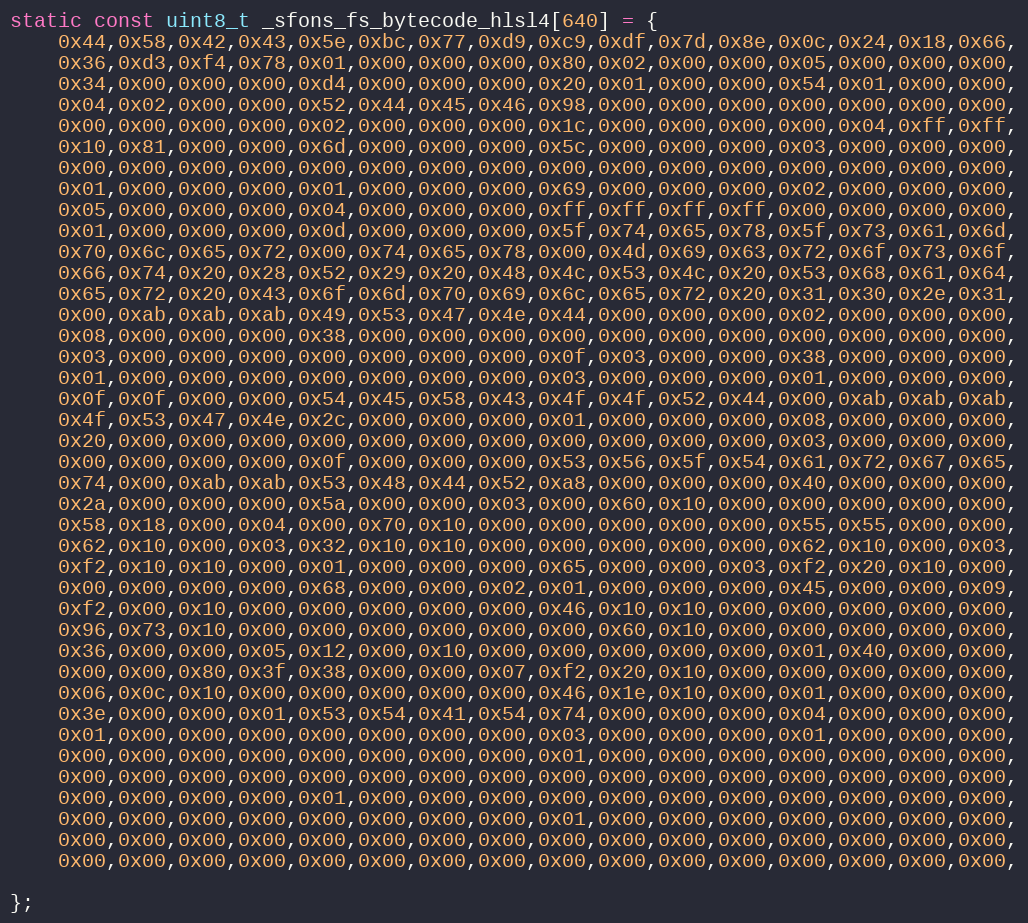
Language: C
static const uint8_t _sfons_fs_bytecode_hlsl4[640] = {
    0x44,0x58,0x42,0x43,0x5e,0xbc,0x77,0xd9,0xc9,0xdf,0x7d,0x8e,0x0c,0x24,0x18,0x66,
    0x36,0xd3,0xf4,0x78,0x01,0x00,0x00,0x00,0x80,0x02,0x00,0x00,0x05,0x00,0x00,0x00,
    0x34,0x00,0x00,0x00,0xd4,0x00,0x00,0x00,0x20,0x01,0x00,0x00,0x54,0x01,0x00,0x00,
    0x04,0x02,0x00,0x00,0x52,0x44,0x45,0x46,0x98,0x00,0x00,0x00,0x00,0x00,0x00,0x00,
    0x00,0x00,0x00,0x00,0x02,0x00,0x00,0x00,0x1c,0x00,0x00,0x00,0x00,0x04,0xff,0xff,
    0x10,0x81,0x00,0x00,0x6d,0x00,0x00,0x00,0x5c,0x00,0x00,0x00,0x03,0x00,0x00,0x00,
    0x00,0x00,0x00,0x00,0x00,0x00,0x00,0x00,0x00,0x00,0x00,0x00,0x00,0x00,0x00,0x00,
    0x01,0x00,0x00,0x00,0x01,0x00,0x00,0x00,0x69,0x00,0x00,0x00,0x02,0x00,0x00,0x00,
    0x05,0x00,0x00,0x00,0x04,0x00,0x00,0x00,0xff,0xff,0xff,0xff,0x00,0x00,0x00,0x00,
    0x01,0x00,0x00,0x00,0x0d,0x00,0x00,0x00,0x5f,0x74,0x65,0x78,0x5f,0x73,0x61,0x6d,
    0x70,0x6c,0x65,0x72,0x00,0x74,0x65,0x78,0x00,0x4d,0x69,0x63,0x72,0x6f,0x73,0x6f,
    0x66,0x74,0x20,0x28,0x52,0x29,0x20,0x48,0x4c,0x53,0x4c,0x20,0x53,0x68,0x61,0x64,
    0x65,0x72,0x20,0x43,0x6f,0x6d,0x70,0x69,0x6c,0x65,0x72,0x20,0x31,0x30,0x2e,0x31,
    0x00,0xab,0xab,0xab,0x49,0x53,0x47,0x4e,0x44,0x00,0x00,0x00,0x02,0x00,0x00,0x00,
    0x08,0x00,0x00,0x00,0x38,0x00,0x00,0x00,0x00,0x00,0x00,0x00,0x00,0x00,0x00,0x00,
    0x03,0x00,0x00,0x00,0x00,0x00,0x00,0x00,0x0f,0x03,0x00,0x00,0x38,0x00,0x00,0x00,
    0x01,0x00,0x00,0x00,0x00,0x00,0x00,0x00,0x03,0x00,0x00,0x00,0x01,0x00,0x00,0x00,
    0x0f,0x0f,0x00,0x00,0x54,0x45,0x58,0x43,0x4f,0x4f,0x52,0x44,0x00,0xab,0xab,0xab,
    0x4f,0x53,0x47,0x4e,0x2c,0x00,0x00,0x00,0x01,0x00,0x00,0x00,0x08,0x00,0x00,0x00,
    0x20,0x00,0x00,0x00,0x00,0x00,0x00,0x00,0x00,0x00,0x00,0x00,0x03,0x00,0x00,0x00,
    0x00,0x00,0x00,0x00,0x0f,0x00,0x00,0x00,0x53,0x56,0x5f,0x54,0x61,0x72,0x67,0x65,
    0x74,0x00,0xab,0xab,0x53,0x48,0x44,0x52,0xa8,0x00,0x00,0x00,0x40,0x00,0x00,0x00,
    0x2a,0x00,0x00,0x00,0x5a,0x00,0x00,0x03,0x00,0x60,0x10,0x00,0x00,0x00,0x00,0x00,
    0x58,0x18,0x00,0x04,0x00,0x70,0x10,0x00,0x00,0x00,0x00,0x00,0x55,0x55,0x00,0x00,
    0x62,0x10,0x00,0x03,0x32,0x10,0x10,0x00,0x00,0x00,0x00,0x00,0x62,0x10,0x00,0x03,
    0xf2,0x10,0x10,0x00,0x01,0x00,0x00,0x00,0x65,0x00,0x00,0x03,0xf2,0x20,0x10,0x00,
    0x00,0x00,0x00,0x00,0x68,0x00,0x00,0x02,0x01,0x00,0x00,0x00,0x45,0x00,0x00,0x09,
    0xf2,0x00,0x10,0x00,0x00,0x00,0x00,0x00,0x46,0x10,0x10,0x00,0x00,0x00,0x00,0x00,
    0x96,0x73,0x10,0x00,0x00,0x00,0x00,0x00,0x00,0x60,0x10,0x00,0x00,0x00,0x00,0x00,
    0x36,0x00,0x00,0x05,0x12,0x00,0x10,0x00,0x00,0x00,0x00,0x00,0x01,0x40,0x00,0x00,
    0x00,0x00,0x80,0x3f,0x38,0x00,0x00,0x07,0xf2,0x20,0x10,0x00,0x00,0x00,0x00,0x00,
    0x06,0x0c,0x10,0x00,0x00,0x00,0x00,0x00,0x46,0x1e,0x10,0x00,0x01,0x00,0x00,0x00,
    0x3e,0x00,0x00,0x01,0x53,0x54,0x41,0x54,0x74,0x00,0x00,0x00,0x04,0x00,0x00,0x00,
    0x01,0x00,0x00,0x00,0x00,0x00,0x00,0x00,0x03,0x00,0x00,0x00,0x01,0x00,0x00,0x00,
    0x00,0x00,0x00,0x00,0x00,0x00,0x00,0x00,0x01,0x00,0x00,0x00,0x00,0x00,0x00,0x00,
    0x00,0x00,0x00,0x00,0x00,0x00,0x00,0x00,0x00,0x00,0x00,0x00,0x00,0x00,0x00,0x00,
    0x00,0x00,0x00,0x00,0x01,0x00,0x00,0x00,0x00,0x00,0x00,0x00,0x00,0x00,0x00,0x00,
    0x00,0x00,0x00,0x00,0x00,0x00,0x00,0x00,0x01,0x00,0x00,0x00,0x00,0x00,0x00,0x00,
    0x00,0x00,0x00,0x00,0x00,0x00,0x00,0x00,0x00,0x00,0x00,0x00,0x00,0x00,0x00,0x00,
    0x00,0x00,0x00,0x00,0x00,0x00,0x00,0x00,0x00,0x00,0x00,0x00,0x00,0x00,0x00,0x00,

};